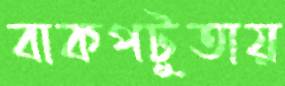
বাকপটুতায়